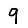
Digit: 9